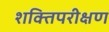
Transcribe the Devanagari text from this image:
शक्तिपरीक्षण